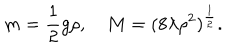
m = \frac 1 2 g \rho , \quad M = ( 8 \lambda \rho ^ { 2 } ) ^ { \frac 1 2 } .